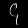
Digit: ၄